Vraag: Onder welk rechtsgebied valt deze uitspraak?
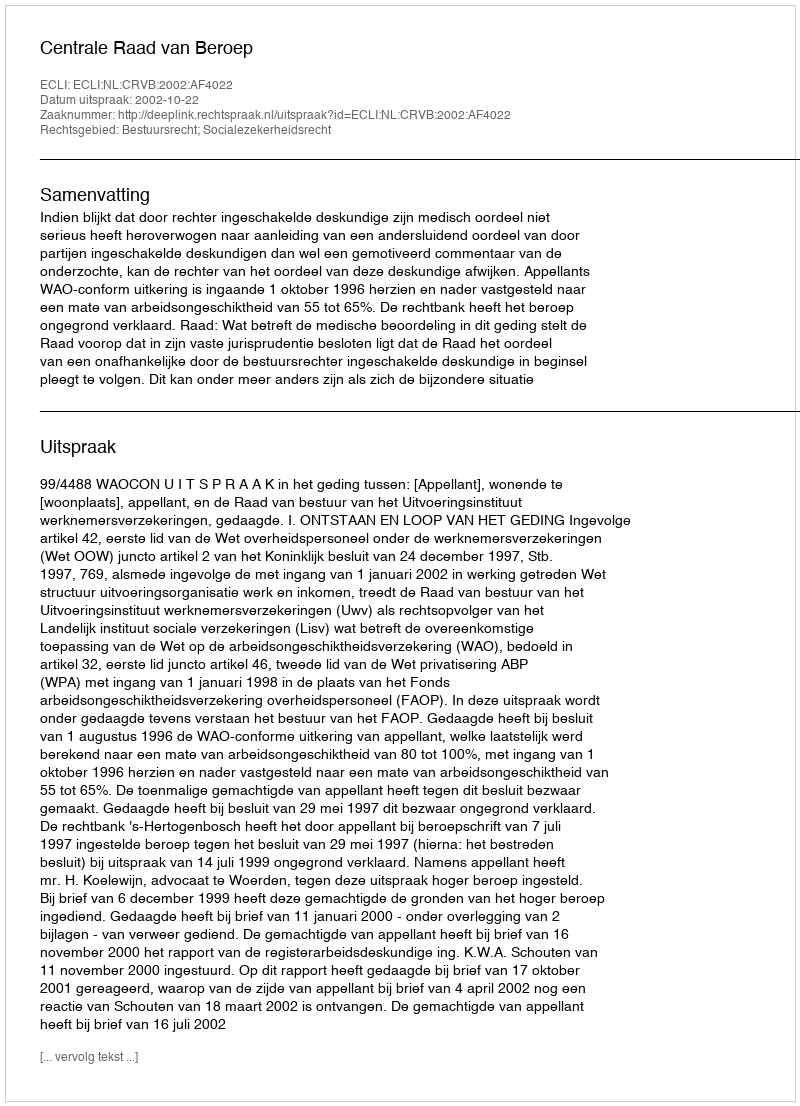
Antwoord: Bestuursrecht; Socialezekerheidsrecht